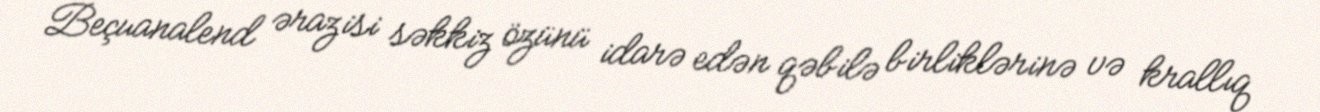
Beçuanalend ərazisi səkkiz özünü idarə edən qəbilə birliklərinə və krallıq